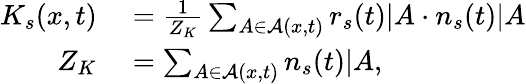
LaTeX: \begin{array}{rl}{K_{s}(x,t)}&{{}=\frac{1}{Z_{K}}\sum_{A\in\mathcal{A}(x,t)}r_{s}(t)|A\cdot n_{s}(t)|A}\\ {Z_{K}}&{{}=\sum_{A\in\mathcal{A}(x,t)}n_{s}(t)|A,}\end{array}